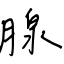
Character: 腺